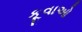
કૂવાઓ